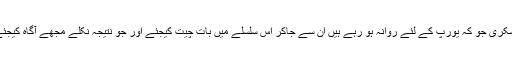
عسکری جو کہ یورپ کے لئے روانہ ہو رہے ہیں ان سے جاکر اس سلسلے میں بات چیت کیجئے اور جو نتیجہ نکلے مجھے آگاہ کیجئے۔